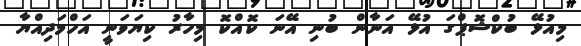
މިއުޅޭ ބުކްޝޮޕްގަ އުޅޭ އަނާން ބުނި އޭނަ ކޮއްކޮ މިހާރު ކިޔަވަނީ އަހްމަދިއްޔާ